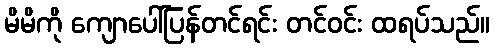
မိမိကို ကျောပေါ်ပြန်တင်ရင်း တင်ဝင်း ထရပ်သည်။